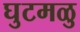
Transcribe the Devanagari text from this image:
घुटमळु